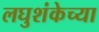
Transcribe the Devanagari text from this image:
लघुशंकेच्या